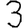
Digit: 3